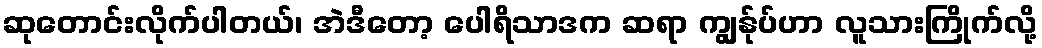
ဆုတောင်းလိုက်ပါတယ်၊ အဲဒီတော့ ပေါရိသာဒက ဆရာ ကျွန်ုပ်ဟာ လူသားကြိုက်လို့